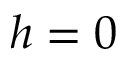
h = 0